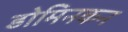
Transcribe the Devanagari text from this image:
डोमिनकन